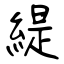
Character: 緹